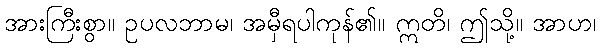
အားကြီးစွာ။ ဥပလဘာမ၊ အမှီရပါကုန်၏။ ဣတိ၊ ဤသို့။ အာဟ၊